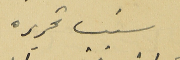
سَبب تحريره